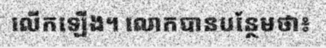
លើកឡើង។ លោកបានបន្ថែមថា៖